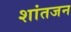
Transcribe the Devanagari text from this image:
शांतजन